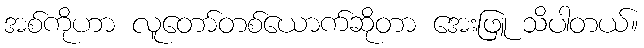
အစ်ကိုဟာ လူတော်တစ်ယောက်ဆိုတာ အေးဖြူ သိပါတယ်။